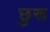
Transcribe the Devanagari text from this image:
छुरू